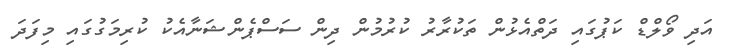
އަދި ވޯލްޑް ކަޕުގައި ދަތްއެޅުން ތަކުރާރު ކުރުމުން ދިން ސަސްޕެންޝަނާއެކު ކުރިމަގުގައި މިފަދަ